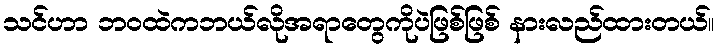
သင်ဟာ ဘဝထဲကဘယ်လိုအရာတွေကိုပဲဖြစ်ဖြစ် နားလည်ထားတယ်။